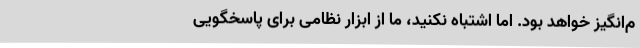
م‌انگیز خواهد بود. اما اشتباه نکنید، ما از ابزار نظامی برای پاسخگویی